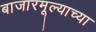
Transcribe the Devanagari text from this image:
बाजारमूल्याच्या